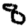
Digit: 8